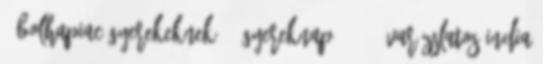
0 Bolhapiac gyerekeknek Gyereknap 2018 0 Varázslatos India